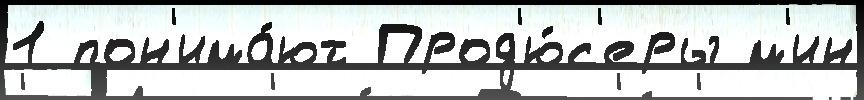
1 пон'има́ют Прод'ю́с'еры м'ин